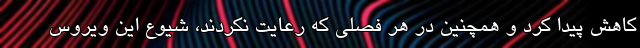
کاهش پیدا کرد و همچنین در هر فصلی که رعایت نکردند، شیوع این ویروس